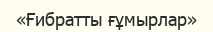
«Ғибратты ғұмырлар»